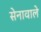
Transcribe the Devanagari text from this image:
सेनावाले